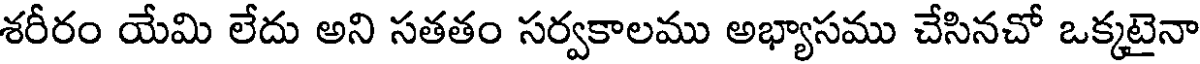
శరీరం యేమి లేదు అని సతతం సర్వకాలము అభ్యాసము చేసినచో ఒక్కటైనా